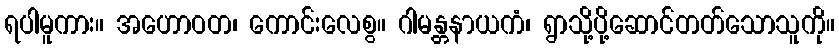
ရပါမူကား။ အဟောဝတ၊ ကောင်းလေစွ။ ဂါမန္တနာယကံ၊ ရွာသို့ပို့ဆောင်တတ်သောသူကို။